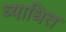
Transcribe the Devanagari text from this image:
व्याधित